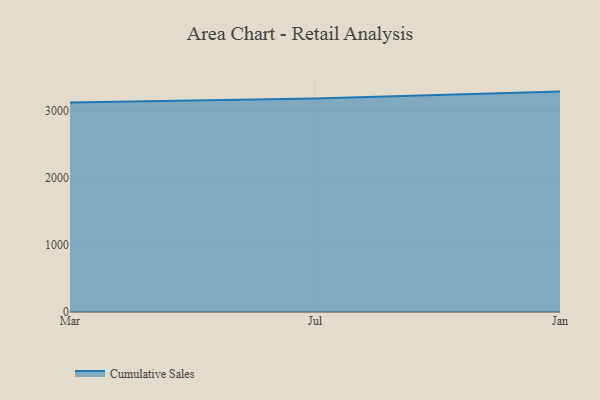
{"axis": {"x": "Month", "y": "Temperature (°C)"}, "legend": ["Cumulative Sales"], "data": [{"x": "Mar", "y": 3127.0, "type": "Cumulative Sales"}, {"x": "Jul", "y": 3188.7, "type": "Cumulative Sales"}, {"x": "Jan", "y": 3290.6, "type": "Cumulative Sales"}]}